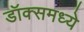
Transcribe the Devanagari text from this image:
डॉक्समध्ये